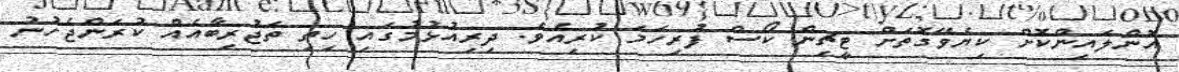
އޮންލައިންކޮށް ކިޔެވޭގޮތަށް ޓީޗިން ކޯސް ފުރިހަމަ ކުރިއެވެ. ދިރިއުޅުމުގައި ހިތި ތަޖުރިބާއެއް ކުރަންޖެހުނު